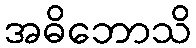
အဓိဘောသိ